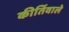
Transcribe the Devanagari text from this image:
कीर्तिवाले